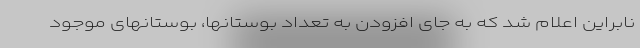
نابراین اعلام شد که به جای افزودن به تعداد بوستانها، بوستانهای موجود